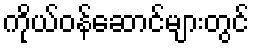
ကိုယ်ဝန်ဆောင်များတွင်